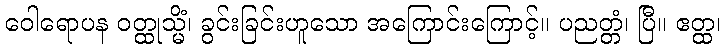
ဝေါရောပန ဝတ္ထုသ္မိံ၊ ခွင်းခြင်းဟူသော အကြောင်းကြောင့်။ ပညတ္တံ၊ ပြီ။ ဧတ္ထ၊